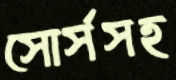
সোর্সসহ